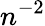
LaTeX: n^{-2}